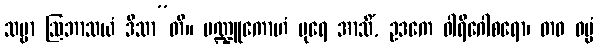
သဗ္ဗာ ဩဘာသယံ ဒိသာ”တိ။ မဏ္ဍူကောဟံ ပုရေ အာသိံ, ဥဒကေ ဝါရိဂေါစရော၊ တဝ ဓမ္မံ